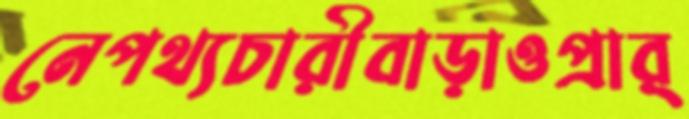
নেপথ্যচারীবাড়াওপ্রার্